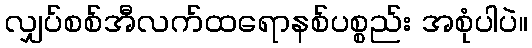
လျှပ်စစ်အီလက်ထရောနစ်ပစ္စည်း အစုံပါပဲ။